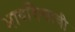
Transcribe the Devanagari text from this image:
भावविश्वाची